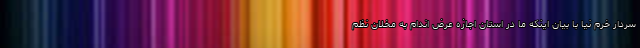
سردار خرم نیا با بیان اینکه ما در استان اجازه عرض اندام به مخلان نظم